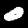
Digit: 0